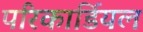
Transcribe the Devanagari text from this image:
परिकार्डियल